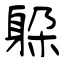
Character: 躱